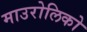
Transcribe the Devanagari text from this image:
माउरोलिको